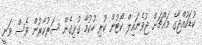
ކުޑަކުއްޖާގެ މައްޗަށް ޖުވެނައިލް ކޯޓުން ކުރި ހުކުމާ ގުޅިގެން ސަރުކާރުން ވެސް ވަނީ